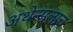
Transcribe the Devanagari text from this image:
अथेन्सलाच